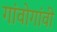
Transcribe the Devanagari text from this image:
गांवोगांवी